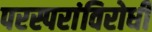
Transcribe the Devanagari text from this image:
परस्परांविरोधी